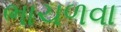
ભાચળવા